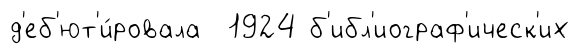
д'еб'ют'и́ровала 1924 б'ибл'иограф'ическ'их